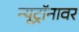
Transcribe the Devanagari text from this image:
न्यूट्रॉनावर